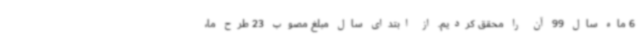
6 ماه سال 99 آن را محقق کردیم. از ابتدای سال مبلغ مصوب 23 طرح ما،